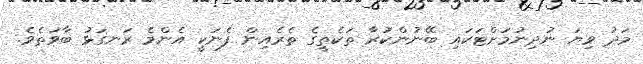
މަދު ވިޔަ ނުދިނުމަށްޓަކައި ބޭނުންކުރާ ތަކެތީގެ ތެރެއިން ފެނަކީ އެންމެ ރަނގަޅު ބާވަތެވެ.